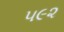
૫૯૨